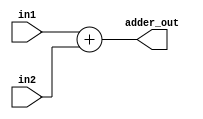
module adder(input [31:0] in1, input [31:0] in2, output reg [31:0] adder_out);
	always@(in1 or in2)
		adder_out = in1 +in2;
endmodule